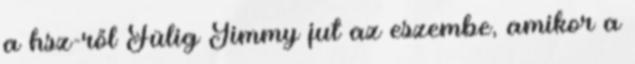
a hsz-ről Fülig Jimmy jut az eszembe, amikor a